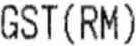
GST (RM)